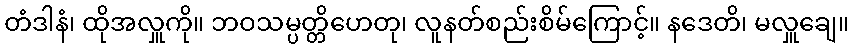
တံဒါနံ၊ ထိုအလှူကို။ ဘဝသမ္ပတ္တိဟေတု၊ လူနတ်စည်းစိမ်ကြောင့်။ နဒေတိ၊ မလှူချေ။